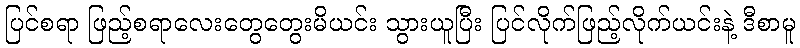
ပြင်စရာ ဖြည့်စရာလေးတွေတွေးမိယင်း သွားယူပြီး ပြင်လိုက်ဖြည့်လိုက်ယင်းနဲ့ ဒီစာမူ